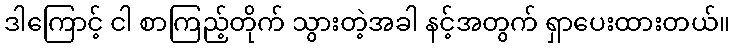
ဒါကြောင့် ငါ စာကြည့်တိုက် သွားတဲ့အခါ နင့်အတွက် ရှာပေးထားတယ်။